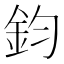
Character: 鈞